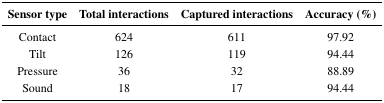
<table><thead><tr><td><b>Sensor type</b></td><td><b>Total interactions</b></td><td><b>Captured interactions</b></td><td><b>Accuracy (%)</b></td></tr></thead><tbody><tr><td>Contact</td><td>624</td><td>611</td><td>97.92</td></tr><tr><td>Tilt</td><td>126</td><td>119</td><td>94.44</td></tr><tr><td>Pressure</td><td>36</td><td>32</td><td>88.89</td></tr><tr><td>Sound</td><td>18</td><td>17</td><td>94.44</td></tr></tbody></table>